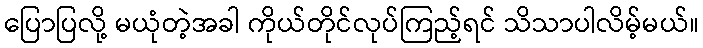
ပြောပြလို့ မယုံတဲ့အခါ ကိုယ်တိုင်လုပ်ကြည့်ရင် သိသာပါလိမ့်မယ်။